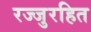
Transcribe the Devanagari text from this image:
रज्जुरहित